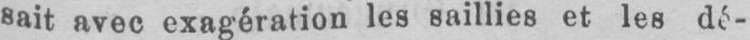
sait avec exagération les saillies et les dé-